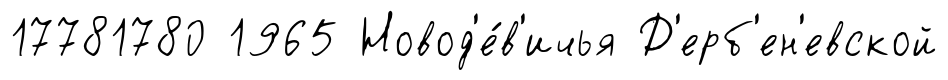
17781780 1965 Новод'е́в'ичья Д'ерб'ен'евской